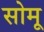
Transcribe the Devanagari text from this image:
सोमू